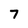
Character: 7